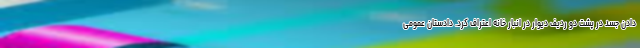
دادن جسد در پشت دو ردیف دیوار در انبار خانه اعتراف کرد. دادستان عمومی